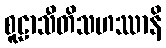
စူဠာသီတိသဟဿာနိ